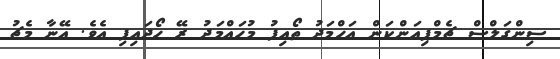
ސިންގަލްސް ޗެމްޕިއަންކަން އަހްމަދު ތޯއިފު މުހައްމަދު ރޭ ހޯދައިފި އެވެ. އޭނާ މެޗު